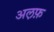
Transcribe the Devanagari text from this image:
अल़फ़